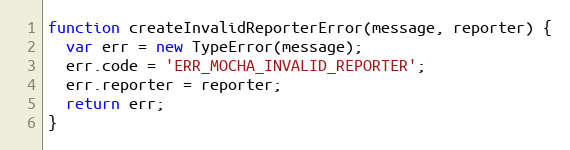
Language: JavaScript
function createInvalidReporterError(message, reporter) {
  var err = new TypeError(message);
  err.code = 'ERR_MOCHA_INVALID_REPORTER';
  err.reporter = reporter;
  return err;
}